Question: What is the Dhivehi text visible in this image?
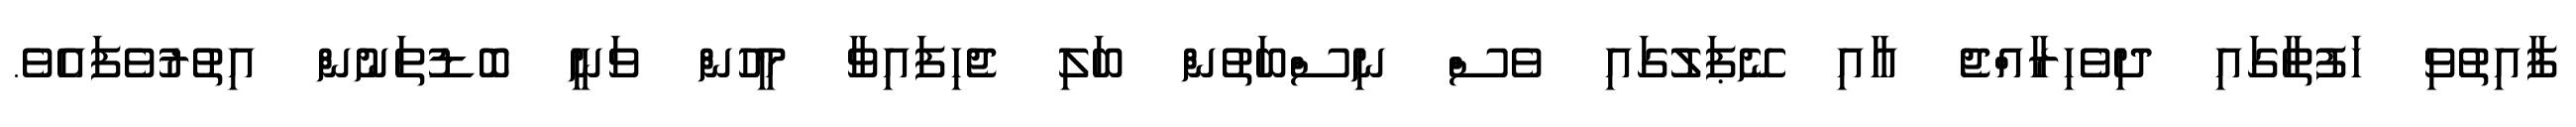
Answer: ފާއިތުވި ހަފުތާގައި ދިވެހިރާއްޖެ އާއި ނޭޕަލުގައި ވެސް ނިސްބަތުން ބަލި ޖެހިފައިވާ މީހުން ވަނީ ބޮޑުތަނުން އިތުރުވެފައެވެ.